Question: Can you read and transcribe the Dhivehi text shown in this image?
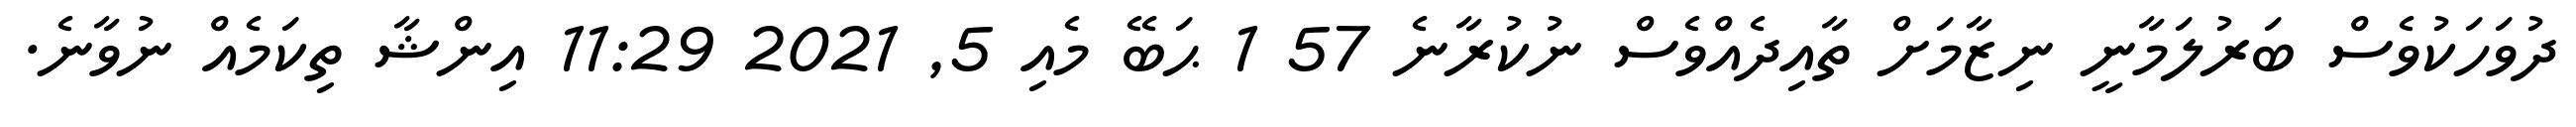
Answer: ދުވަހަކުވެސް ބަރުލަމާނީ ނިޒާމަށް ތާއިދެއްވެސް ނުކުރާނެ 57 1 ޙަބޭ މެއި 5, 2021 11:29 އިންޝާ ތިކަމެއް ނުވާނެ.